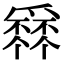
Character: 𤔹